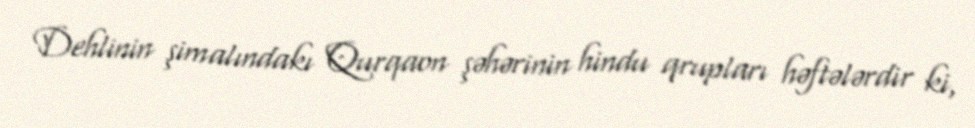
Dehlinin şimalındakı Qurqaon şəhərinin hindu qrupları həftələrdir ki,